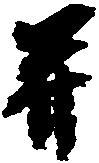
并